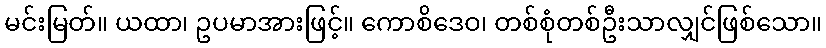
မင်းမြတ်။ ယထာ၊ ဥပမာအားဖြင့်။ ကောစိဒေဝ၊ တစ်စုံတစ်ဦးသာလျှင်ဖြစ်သော။